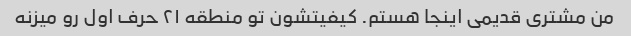
من مشتری قدیمی اینجا هستم. کیفیتشون تو منطقه ۲۱ حرف اول رو میزنه